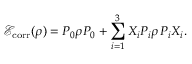
{ \mathcal { E } } _ { \operatorname { c o r r } } ( \rho ) = P _ { 0 } \rho P _ { 0 } + \sum _ { i = 1 } ^ { 3 } X _ { i } P _ { i } \rho \, P _ { i } X _ { i } .